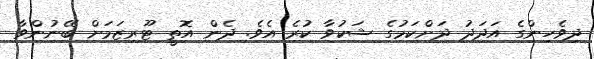
ދިވެހިންގެ އަދަދު ދަށްކަމުގެ ޝަކުވާ ކުރެ އެވެ. ދެން އޮތީ ޓޫރިޒަމަށް ބޭނުންވާ